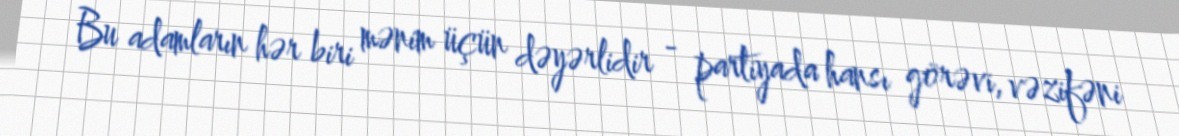
Bu adamların hər biri mənim üçün dəyərlidir - partiyada hansı görəvi, vəzifəni